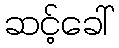
ဆင့်ခေါ်